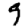
Digit: 9